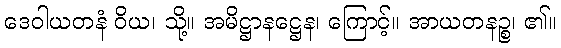
ဒေဝါယတနံ ဝိယ၊ သို့။ အမိဋ္ဌာနဋ္ဌေန၊ ကြောင့်။ အာယတနဉ္စ၊ ၏။